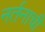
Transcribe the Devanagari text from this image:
नर्तनाची